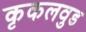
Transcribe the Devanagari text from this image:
कृकलवुड